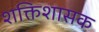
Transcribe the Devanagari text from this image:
शक्तिशासक